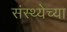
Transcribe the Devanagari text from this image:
संस्थ्येच्या